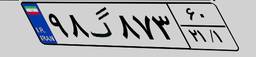
۹۸گ۸۷۳۶۰